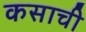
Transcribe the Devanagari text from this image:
कसाची